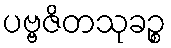
ပဗ္ဗဇိတသုခဉ္စ